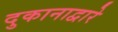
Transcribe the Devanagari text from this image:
दुकानाद्वारे